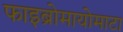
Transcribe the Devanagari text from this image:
फाइब्रोमायोमाटा